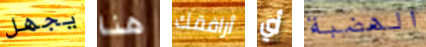
يجهل هنا أرافقك أي الهضبة